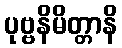
ပုဗ္ဗနိမိတ္တာနိ